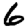
Digit: 6